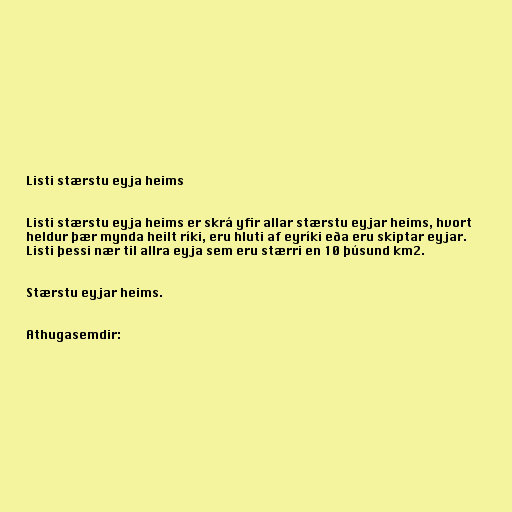
Listi stærstu eyja heims

Listi stærstu eyja heims er skrá yfir allar stærstu eyjar heims, hvort
heldur þær mynda heilt ríki, eru hluti af eyríki eða eru skiptar eyjar.
Listi þessi nær til allra eyja sem eru stærri en 10 þúsund km2.

Stærstu eyjar heims.

Athugasemdir: